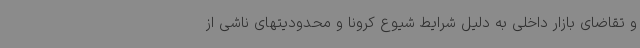
و تقاضای بازار داخلی به دلیل شرایط شیوع کرونا و محدودیتهای ناشی از